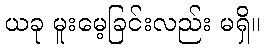
ယခု မူးမေ့ခြင်းလည်း မရှိ။